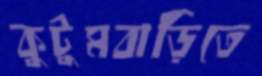
কুটুমবাড়িতে